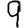
Digit: 9